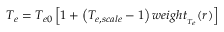
T _ { e } = T _ { e 0 } \left[ 1 + \left( T _ { e , s c a l e } - 1 \right) w e i g h t _ { _ { T _ { e } } } ( r ) \right]